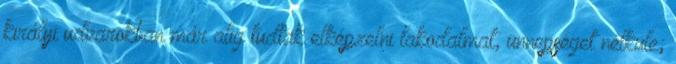
királyi udvarokban már alig tudtak elképzelni lakodalmat, ünnepséget nélküle;